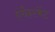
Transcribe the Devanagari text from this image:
एंचैन्टमेंट